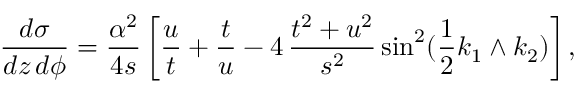
\frac { d \sigma } { d z \, d \phi } = \frac { \alpha ^ { 2 } } { 4 s } \, \bigg [ \frac { u } { t } + \frac { t } { u } - 4 \, \frac { t ^ { 2 } + u ^ { 2 } } { s ^ { 2 } } \, \mathrm { s i n } ^ { 2 } ( \frac { 1 } { 2 } k _ { 1 } \wedge k _ { 2 } ) \bigg ] \, ,